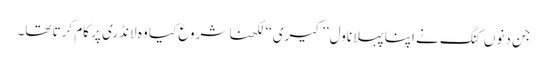
جن دنوں کنگ نے اپنا پہلا ناول ’’کیری‘‘ لکھنا شروع کیا وہ لانڈری پر کام کرتا تھا۔